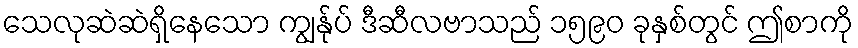
သေလုဆဲဆဲရှိနေသော ကျွန်ုပ် ဒီဆီလဗာသည် ၁၅၉၀ ခုနှစ်တွင် ဤစာကို